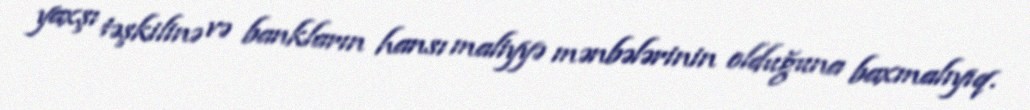
yaxşı təşkilinə və bankların hansı maliyyə mənbələrinin olduğuna baxmalıyıq.